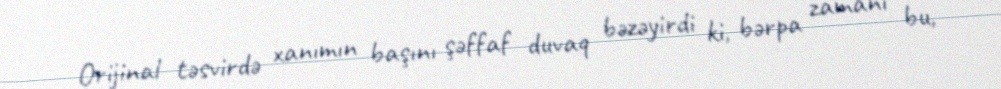
Orijinal təsvirdə xanımın başını şəffaf duvaq bəzəyirdi ki, bərpa zamanı bu,